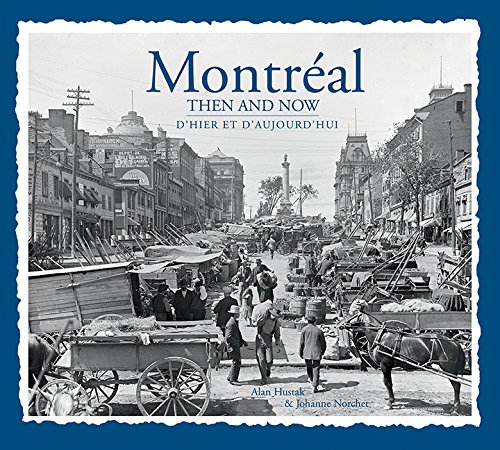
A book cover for Montreal Then & Now; Alan Hustak; History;